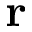
{ \bf r }